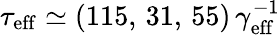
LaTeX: \tau_{\mathrm{eff}}\simeq(115,\, 31,\, 55)\, \gamma_{\mathrm{eff}}^{-1}